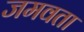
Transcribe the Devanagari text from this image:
जमवता